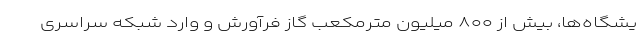
یشگاه‌ها، بیش از ۸۰۰ میلیون مترمکعب گاز فرآورش و وارد شبکه سراسری